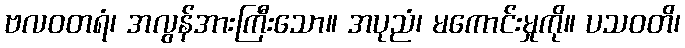
ဗလဝတရံ၊ အလွန်အားကြီးသော။ အပုညံ၊ မကောင်းမှုကို။ ပသဝတိ၊